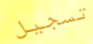
تسجيل